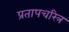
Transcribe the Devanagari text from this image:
प्रतापचरित्र